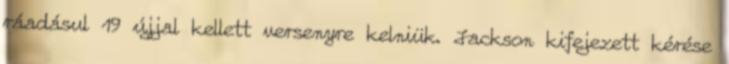
ráadásul 19 újjal kellett versenyre kelniük. Jackson kifejezett kérése